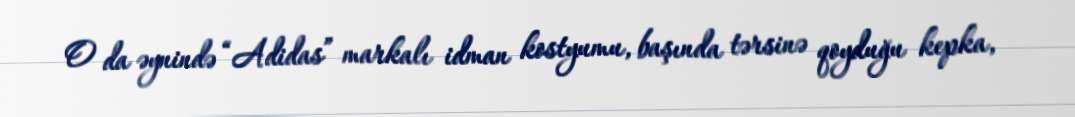
O da əynində “Adidas” markalı idman kostyumu, başında tərsinə qoyduğu kepka,